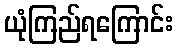
ယုံကြည်ရကြောင်း